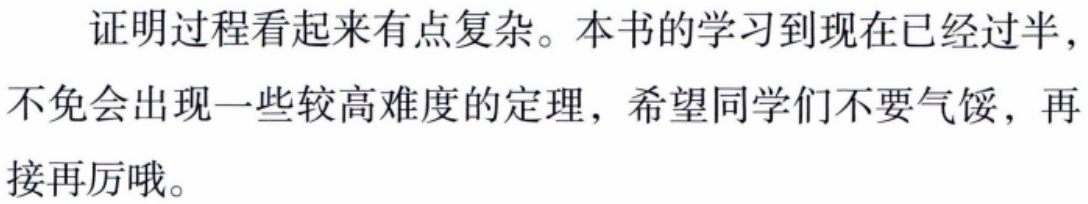
证明过程看起来有点复杂。本书的学习到现在已经过半，
不免会出现一些较高难度的定理，希望同学们不要气馁，再
接再厉哦。